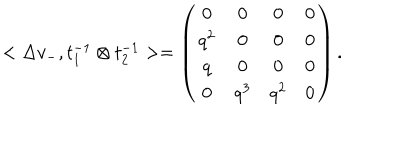
< \Delta v _ { - } , t _ { 1 } ^ { - 1 } \otimes t _ { 2 } ^ { - 1 } > = \left( \begin{array} { c c c c } { { 0 } } & { { 0 } } & { { 0 } } & { { 0 } } \\ { { q ^ { 2 } } } & { { 0 } } & { { 0 } } & { { 0 } } \\ { { q } } & { { 0 } } & { { 0 } } & { { 0 } } \\ { { 0 } } & { { q ^ { 3 } } } & { { q ^ { 2 } } } & { { 0 } } \\ \end{array} \right) .